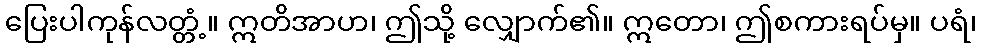
ပြေးပါကုန်လတ္တံ့။ ဣတိအာဟ၊ ဤသို့ လျှောက်၏။ ဣတော၊ ဤစကားရပ်မှ။ ပရံ၊